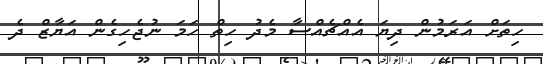
ހިތަށް އަރަމުން ދިޔަ އެއްޗެއްސާ މެދު ހިތް ހަމަ ނުޖެހިގެން އަޔާޒް ދެ